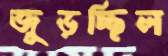
জুড়চ্ছিল